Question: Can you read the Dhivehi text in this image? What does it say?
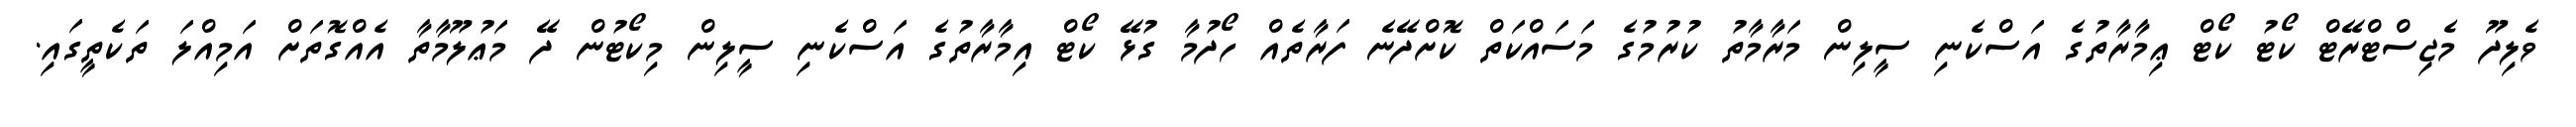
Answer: ވެލިދޫ މެޖިސްޓްރޭޓް ކޯޓު ކޯޓް ޢިމާރާތުގެ އަސްކެނި ސީލިން މަރާމާތު ކުރުމުގެ މަސައްކަތް ކޮށްދޭނެ ފަރާތެއް ހޯދުމާ ގުޅޭ ކޯޓް އިމާރާތުގެ އަސްކެނި ސީލިން މިކޯޓުން ދޭ މަޢުލޫމާތާ އެއްގޮތަށް އަމިއްލަ ތަކެތީގައި.